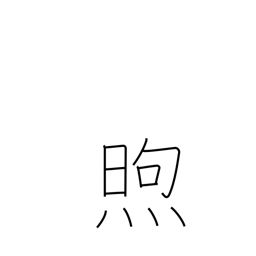
Meaning: warm